Streptothrix isolated from the spleen of a leper - Number 51
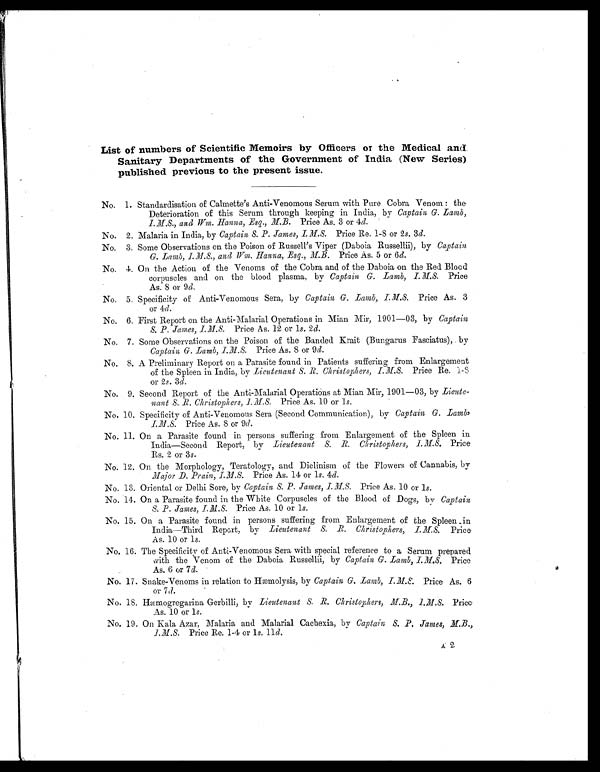
List of numbers of Scientific Memoirs by Officers or the Medical and
Sanitary Departments of the Government of India (New Series)
published previous to the present issue.
No. 1 Standardisation of Calmette's Anti-Venomous Serum with Pure Cobra Venom : the
Deterioration of this Serum through keeping in India, by Captain G. Lamb,
I.M.S., and Wm. Hanna, Esq., M.B. Price As. 3 or 4d.
No. 2. Malaria in India, by Captain S. P. James, I.M.A Price Re. 1-8 or 2 s. 3d.
No. 3. Some Observations on the Poison of Russell's Viper (Daboia Russellii), by Captain
G. Lamb, I.M.S., and Wm. Hanna, Esq., M.B. Price As. 5 or 6d.
No. 4. On the Action of the Venoms of the Cobra and of the Daboia on the Red Blood
corpuscles and on the blood plasma, by Captain G. Lamb, I.M.S. Price
As. 8 or 9 d.
No. 5. Specificity of Anti-Venomous Sera, by Captain G. Lamb, I.M.S. Price As. 3
or 4 d.
No. 6. First Report on the Anti-Malarial Operations in Mian Mir, 1901-03, by Captain
S. P. James, I.M.S.
Price As. 12 or 1s. 2 d.
No. 7. Some Observations on the Poison of the Banded Krait (Bungarus Fasciatus), by
Captain G. Lamb, I.M.S. Price As. 8 or 9 d.
No. 8. A Preliminary Report on a Parasite found in Patients suffering from Enlargement
of the Spleen in India, by Lieutenant S. R. Christophers, Price Re. 1-8
or 2s. 3 d.
No. 9. Second Report of the Anti-Malarial Operations at Mian Mir, 1901-03, by Lieute-
nant S. R. Christophers, I.M.S. Price As. 10 or 1s.
No. 10. Specificity of Anti-Venomous Sera (Second Communication), by Cap
tain G. Lamb,
I.M.S. Price As. or 9d.
No. 11. On a Parasite found in persons suffering from Enlargement of the Spleen in
India-Second Report, by Lieutenant S. R. Christophers, I..M.S. Price
Rs. 2 or 3 s .
No. 12. On the Morphology, Teratology, and Diclinism of the Flowers of Cannabis, by
Major D. Prain, I.M.S.
Price As. 14 or 1s. 4d.
No. 13. Oriental or Delhi Sore, by Captain S. P. James, I.M.S. Price As. 10 or 1 s.
No. 14. On a Parasite found in the White Corpuscles of the Blood of Dogs, by Captain
S. P. James,
Price As. 10 or 1s.
No. 15. On a Parasite found in persons suffering from Enlargement of the Spleen in
India—Third Report, by Lieutenant S.R. Christophers, I.M.S. Price
As. 10 or 1s.
No. 16. The Specificity of Anti-Venomous Sera with special reference to a Serum prepared
with the Venom of the Daboia Russellii, by Captain G. Lamb, I.M.S. Price
As. 6 or 7 d.
No. 17. Snake-Venoms in relation to Hæmolysis, by Captain G. Lamb, I.M.S. Price As. 6
or 7
d.
No. 18. Hæmogregarina Gerbilli, by Lieutenant S. R. Christophers, M.B., I.M.S. Price
As. 10 or 1s.
No. 19. On Bala Azar, Malaria and Malarial Cachexia, by Captain S. P. James,
I.M.S. Price Re. 1-4 or 1 s. 11 d.
A2